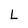
Character: L